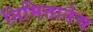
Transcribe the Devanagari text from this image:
निमित्तानेच